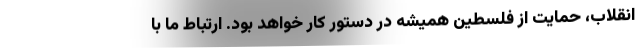
انقلاب، حمایت از فلسطین همیشه در دستور کار خواهد بود. ارتباط ما با